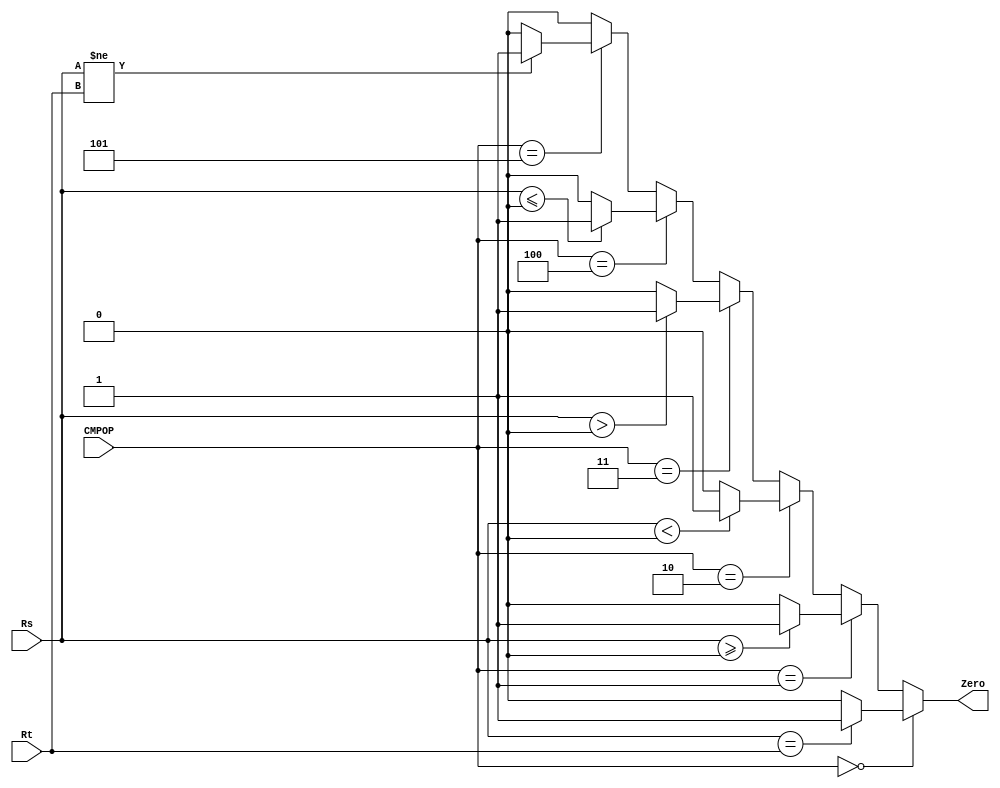
`timescale 1ns / 1ps
`define BEQ 4'b0000
`define BGEZ 4'b0001
`define BLTZ 4'b0010
`define BGTZ 4'b0011
`define BLEZ 4'b0100
`define BNE 4'b0101



module CMP(
    input [3:0] CMPOP,
    input [31:0] Rs,
    input [31:0] Rt,
    output reg Zero
    );
    always @(*) begin
        if (CMPOP==`BEQ) begin
            Zero = (Rs==Rt)?1:0;
        end
        else if (CMPOP==`BGEZ) begin
            Zero = ($signed(Rs)>=0)?1:0;
        end
        else if (CMPOP==`BLTZ) begin
            Zero = ($signed(Rs)<0)?1:0;
        end
        else if (CMPOP==`BGTZ) begin
            Zero = ($signed(Rs)>0)?1:0;
        end
        else if (CMPOP==`BLEZ) begin
            Zero = ($signed(Rs)<=0)?1:0;
        end
        else if (CMPOP==`BNE) begin
            Zero = (Rs!=Rt)?1:0;
        end
        else
            Zero = 0;
    end

endmodule